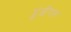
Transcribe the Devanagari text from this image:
डुंडीगल